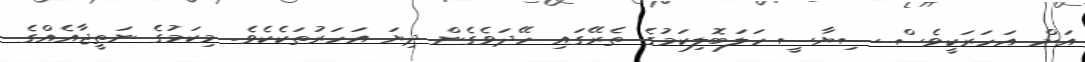
އަށް އަހަރަކީވެސް ސިޔާސީ ހަލަބޮލިކަމުގެ ތެރޭގައި ހޭދަވެގެން ދިޔަ އަހަރުތަކެކެވެ. މިކަމުގެ ނަތީޖާއެއްގެ